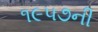
૧૯૫૭ની